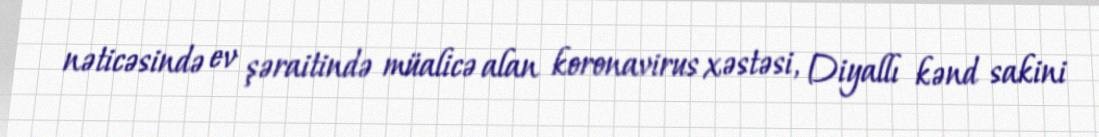
nəticəsində ev şəraitində müalicə alan koronavirus xəstəsi, Diyallı kənd sakini